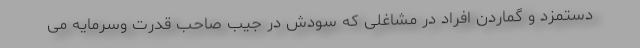
دستمزد و گماردن افراد در مشاغلی که سودش در جیب صاحب قدرت وسرمایه می